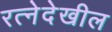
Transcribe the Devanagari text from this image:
रत्‍नेदेखील